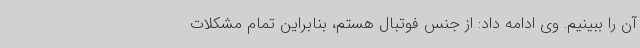
آن را ببینیم. وی ادامه داد: از جنس فوتبال هستم، بنابراین تمام مشکلات